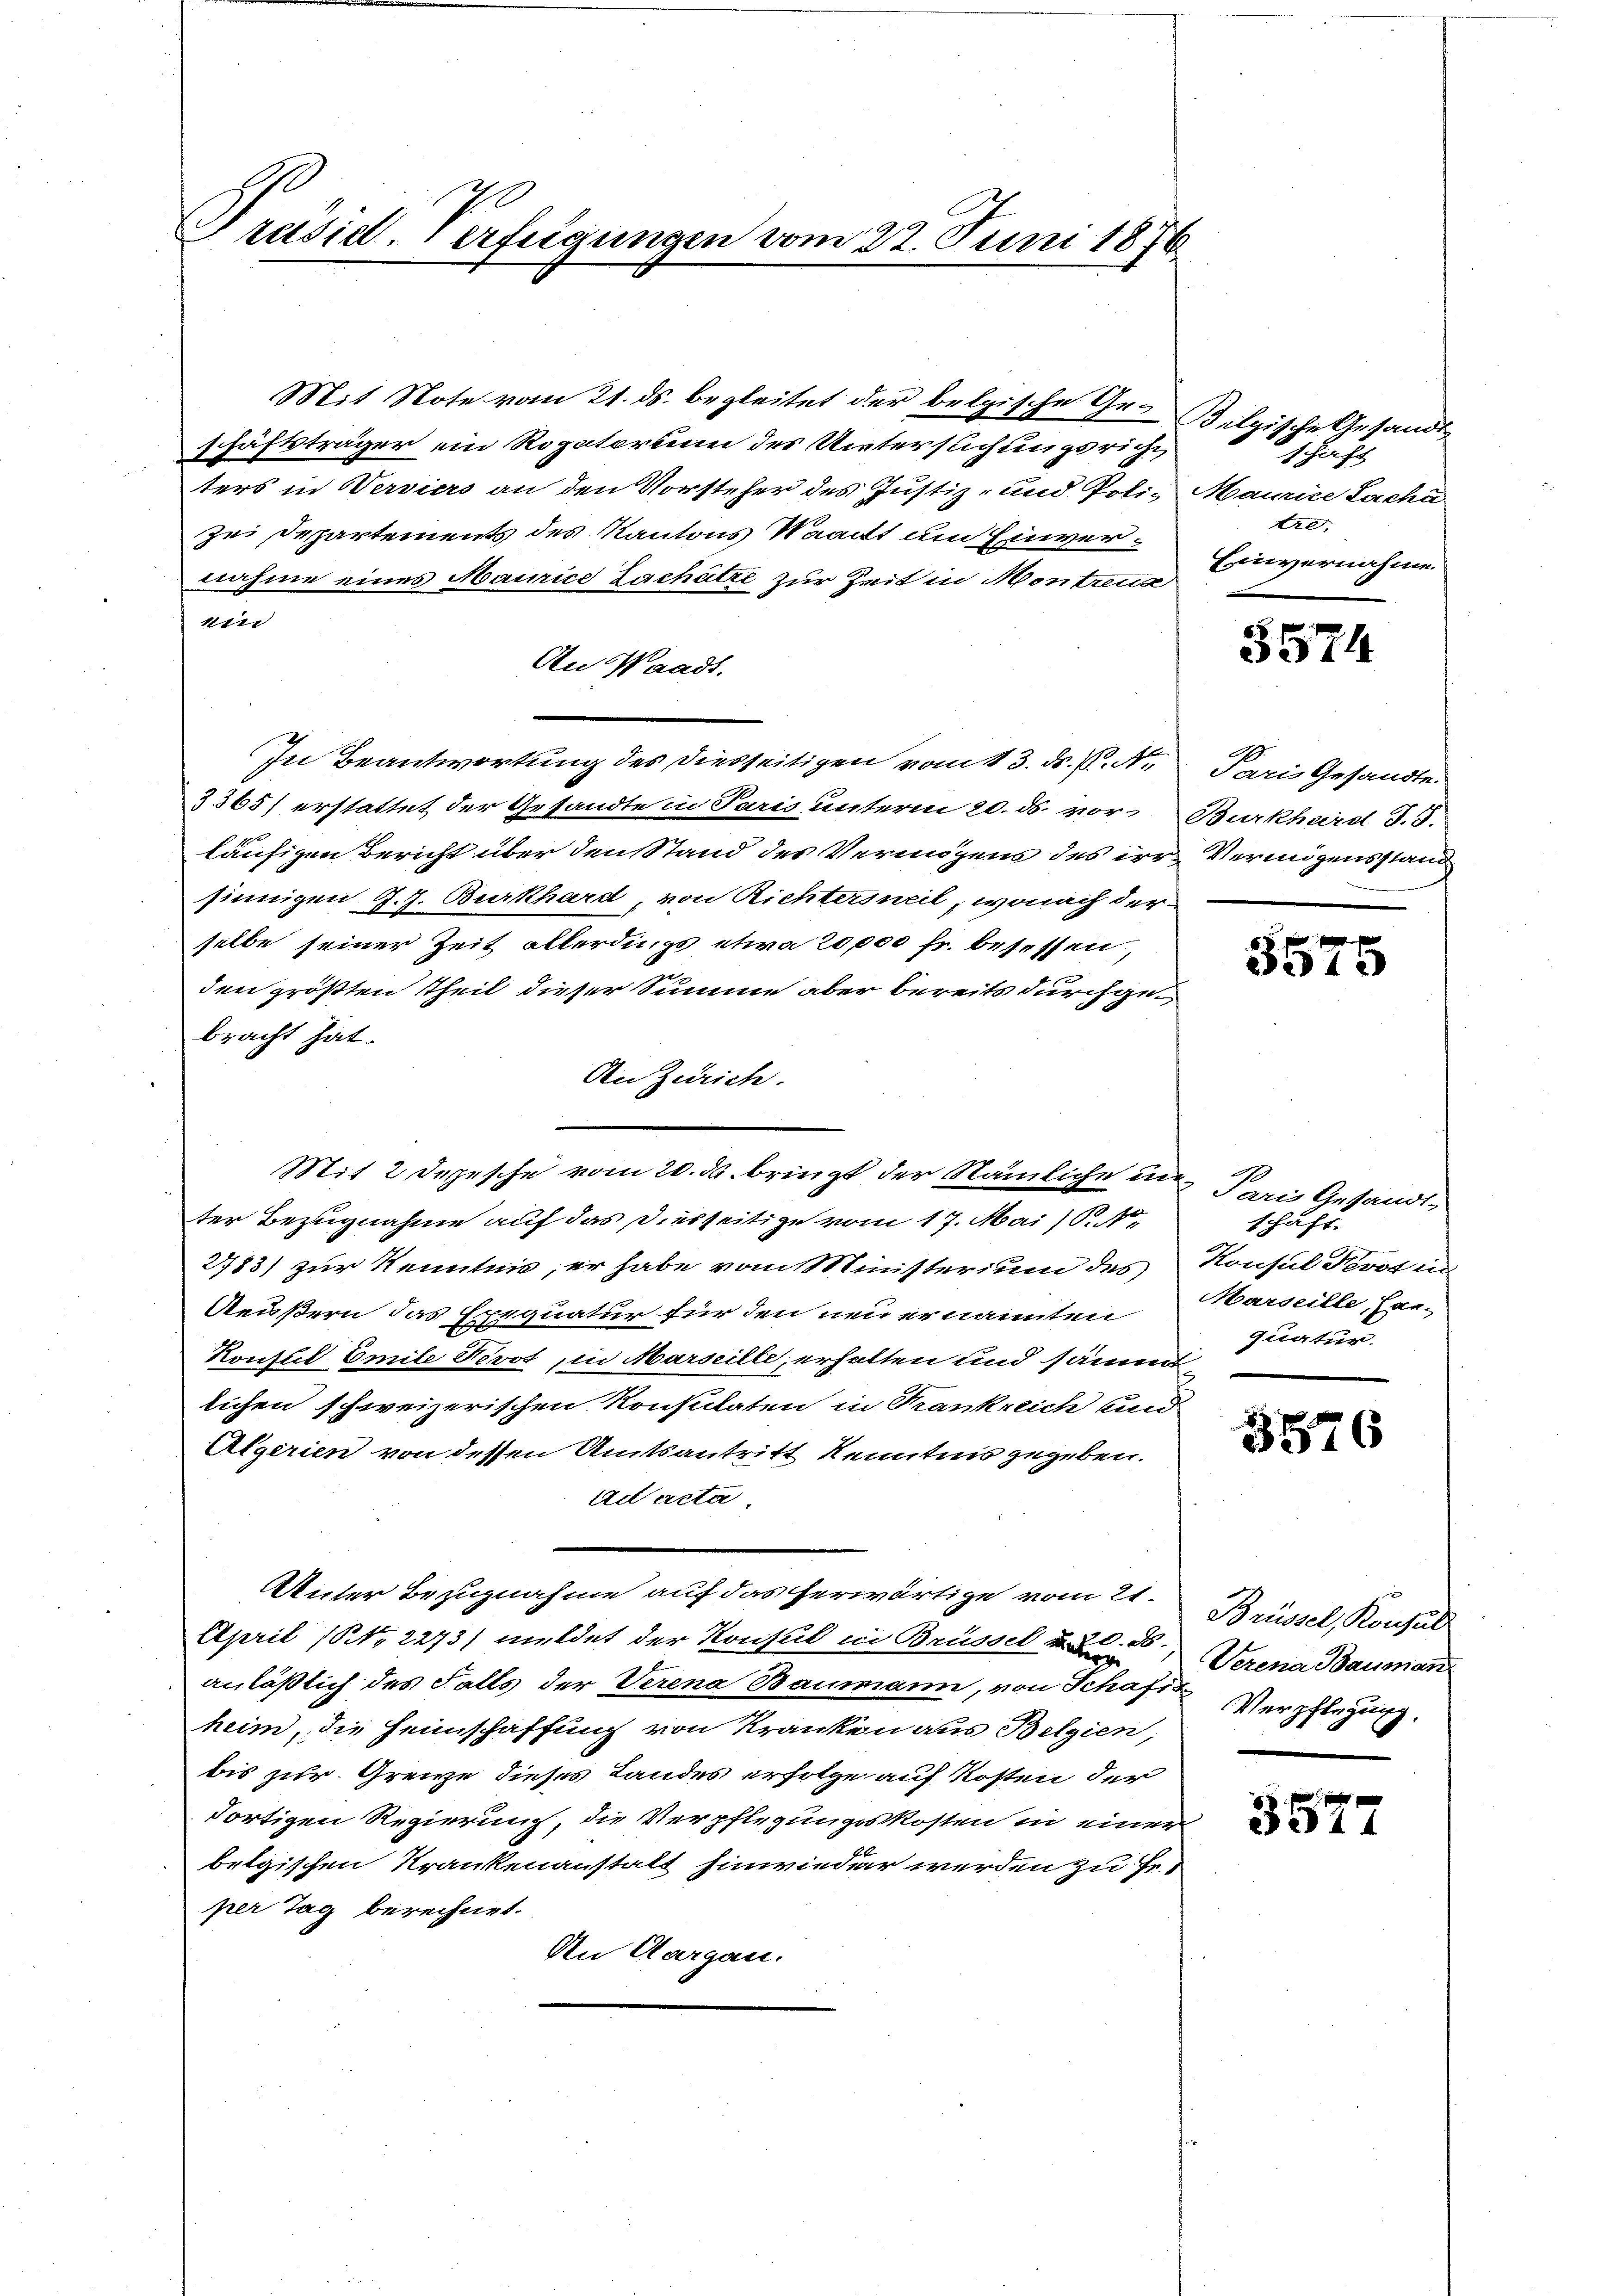
Präsid. Verfügungen vom 22. Juni 1876

Mit Note vom 21. ds. begleitet der belgische Geschäftsträger ein Rogatorium des Untersuchungsricht
ters in Verviers an den Vorsteher des Justiz- und Poli- Maurice Lacha
ze Departements des Kantons Waadt um Einvernahme eines Maurice Zachütze zur Zeit in Montreux
ein
An Waadt.
In Beantwortung des diesseitigen vom 13. ds. P. Nr.
3365) erstattet der Gesandte in Paris unterm 20. ds. vor Burkhard S.S.
läufigen Bericht über den Stand des Vermögens des irre Vermögensstand
sinnigen J. J. Burkhard, von Richtersweil, wonach der
selbe seiner Zeit allerdings etwa 20,000 fr. besessen,
den größten Theil dieser Summe aber bereits durchgebracht hat.
Den Zürich.
ter Bezugnahme auf das Diesseitige vom 17. Mai 1810.
2783) zur Kenntnis, er habe vom Ministerium des Konsul Koot un
Reußern das Exequatur für den neu ernannten
Konsul Emile Nevot, in Marseille, erhalten und sämmtlichen schweizerischen Konsulaten in Krankreich und
Algerien von dessen Amtsantritt Kenntnis zugeben.
ad acta
Unter Bezugnahme auf das herwärtige vom 21.
2088.
April (NNo. 2273) meldet der Konsul in Brüssel u. Bir
anläßlich des Falls der Verena Baumann, von Schaft Verpflegung.
heim, die Heimschaffung von Kranken aus Belgien,
bis zur Grenze dieses Landes erfolge auf Kosten der
dortigen Regierung, die Verpflegungskosten in einer
belgischen Krankenanstalt hinwieder werden zu Fr.
per Tag berechnet.
An Aargau.

Mit 2 Depesche vom 20. ds. bringt der Nämliche in Paris Gesandt¬

Belgische Gesandt
schaft
tre,
Einvernahme.

3574

Paris Gesandte.

3575

schaft.
Marseille, Ege-
quatur.

3576

Brüssel, Konsul
Verena Bauman

i 14